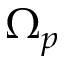
\Omega _ { p }